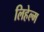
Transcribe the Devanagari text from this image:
लिहेल्म